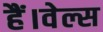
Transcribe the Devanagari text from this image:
हैं।वेल्स